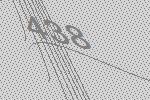
438